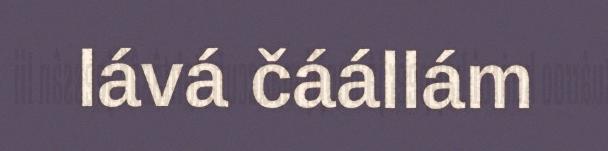
lává čáállám